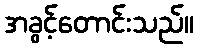
အခွင့်တောင်းသည်။